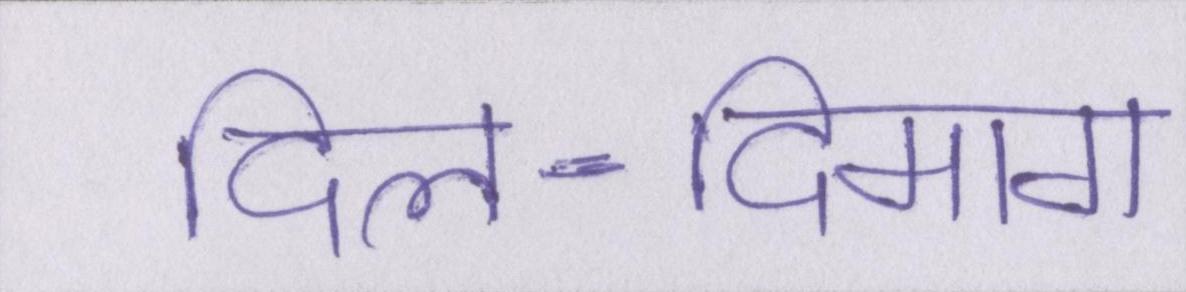
दिल-दिमाग